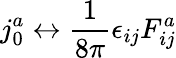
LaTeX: j_{0}^{a}\leftrightarrow\frac{1}{8\pi}\epsilon_{ij}F_{ij}^{a}